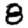
Digit: 8